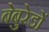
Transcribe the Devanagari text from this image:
बेबुरेडों